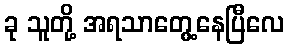
ခု သူတို့ အရသာတွေ့နေပြီလေ